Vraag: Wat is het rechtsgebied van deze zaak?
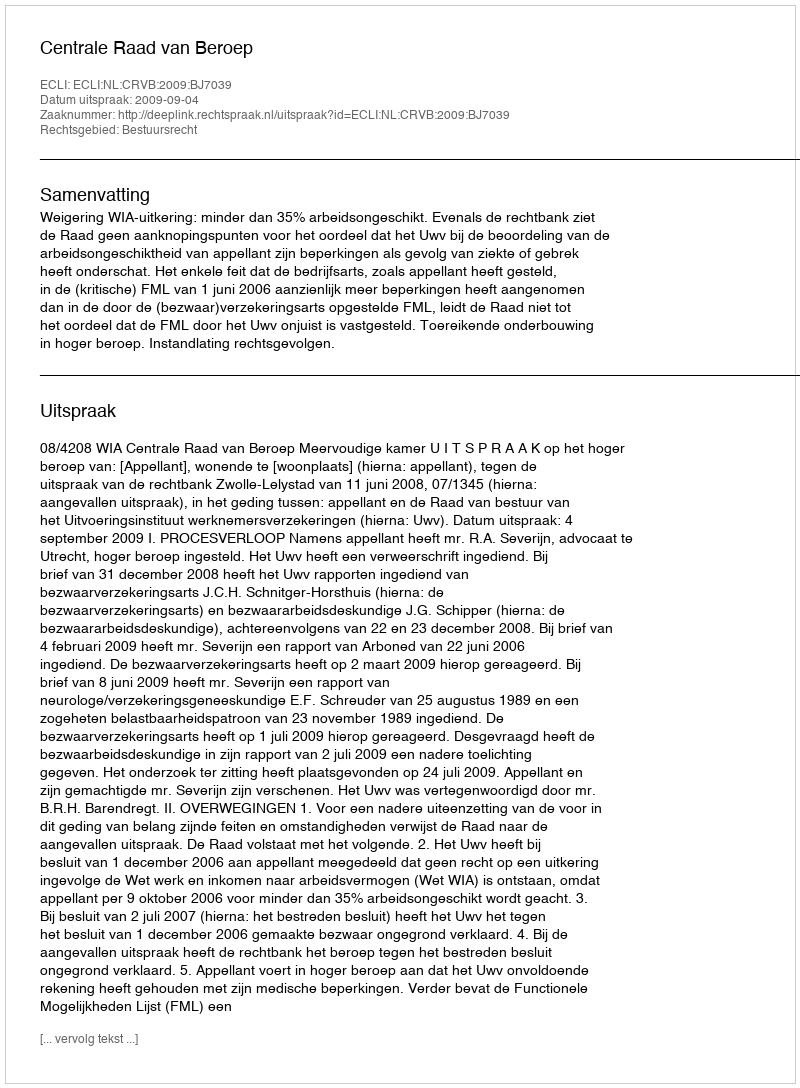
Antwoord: Bestuursrecht